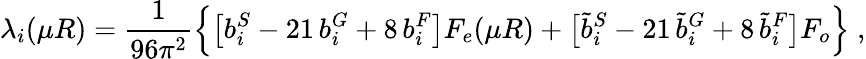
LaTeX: \lambda_{i}(\mu R)=\frac{1}{96\pi^{2}}\left\{ \big[b_{i}^{S}-21\, b_{i}^{G}+8\, b_{i}^{F}\big]F_{e}(\mu R)+\big[\tilde{b}_{i}^{S}-21\, \tilde{b}_{i}^{G}+8\, \tilde{b}_{i}^{F}\big]F_{o}\right\} \; ,